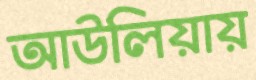
আউলিয়ায়